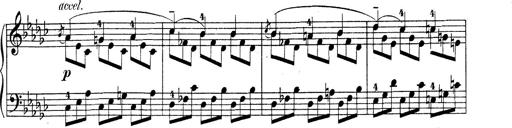
Title: 6 Polish Songs
Composer: Franz Liszt